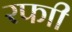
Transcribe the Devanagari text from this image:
रफाी